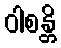
ဝါစန္တိ